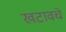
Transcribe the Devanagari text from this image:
खटावचे